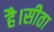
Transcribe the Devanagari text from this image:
है।सीता